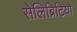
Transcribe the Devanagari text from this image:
सेलिब्रिटियों